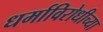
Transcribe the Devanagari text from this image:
धर्माविरोधीच्या